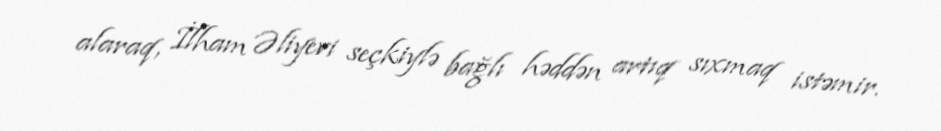
alaraq, İlham Əliyevi seçkiylə bağlı həddən artıq sıxmaq istəmir.